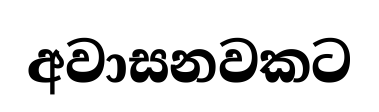
අවාසනවකට